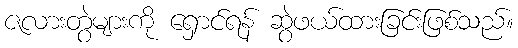
ဇလားတွဲများကို ရှောင်ရန် ဆွဲဖယ်ထားခြင်းဖြစ်သည်။